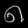
Digit: ၈